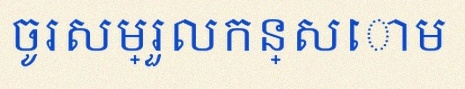
ចូរសម្រួលកន្សោម